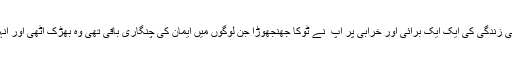
غرض کہ انفرادی اور اجتماعی زندگی کی ایک ایک برائی اور خرابی پر آپ ؒ نے ٹوکا جھنجھوڑا جن لوگوں میں ایمان کی چنگاری باقی تھی وہ بھڑک اٹھی اور انہوں نے اپنی حالت سد ھار لی۔